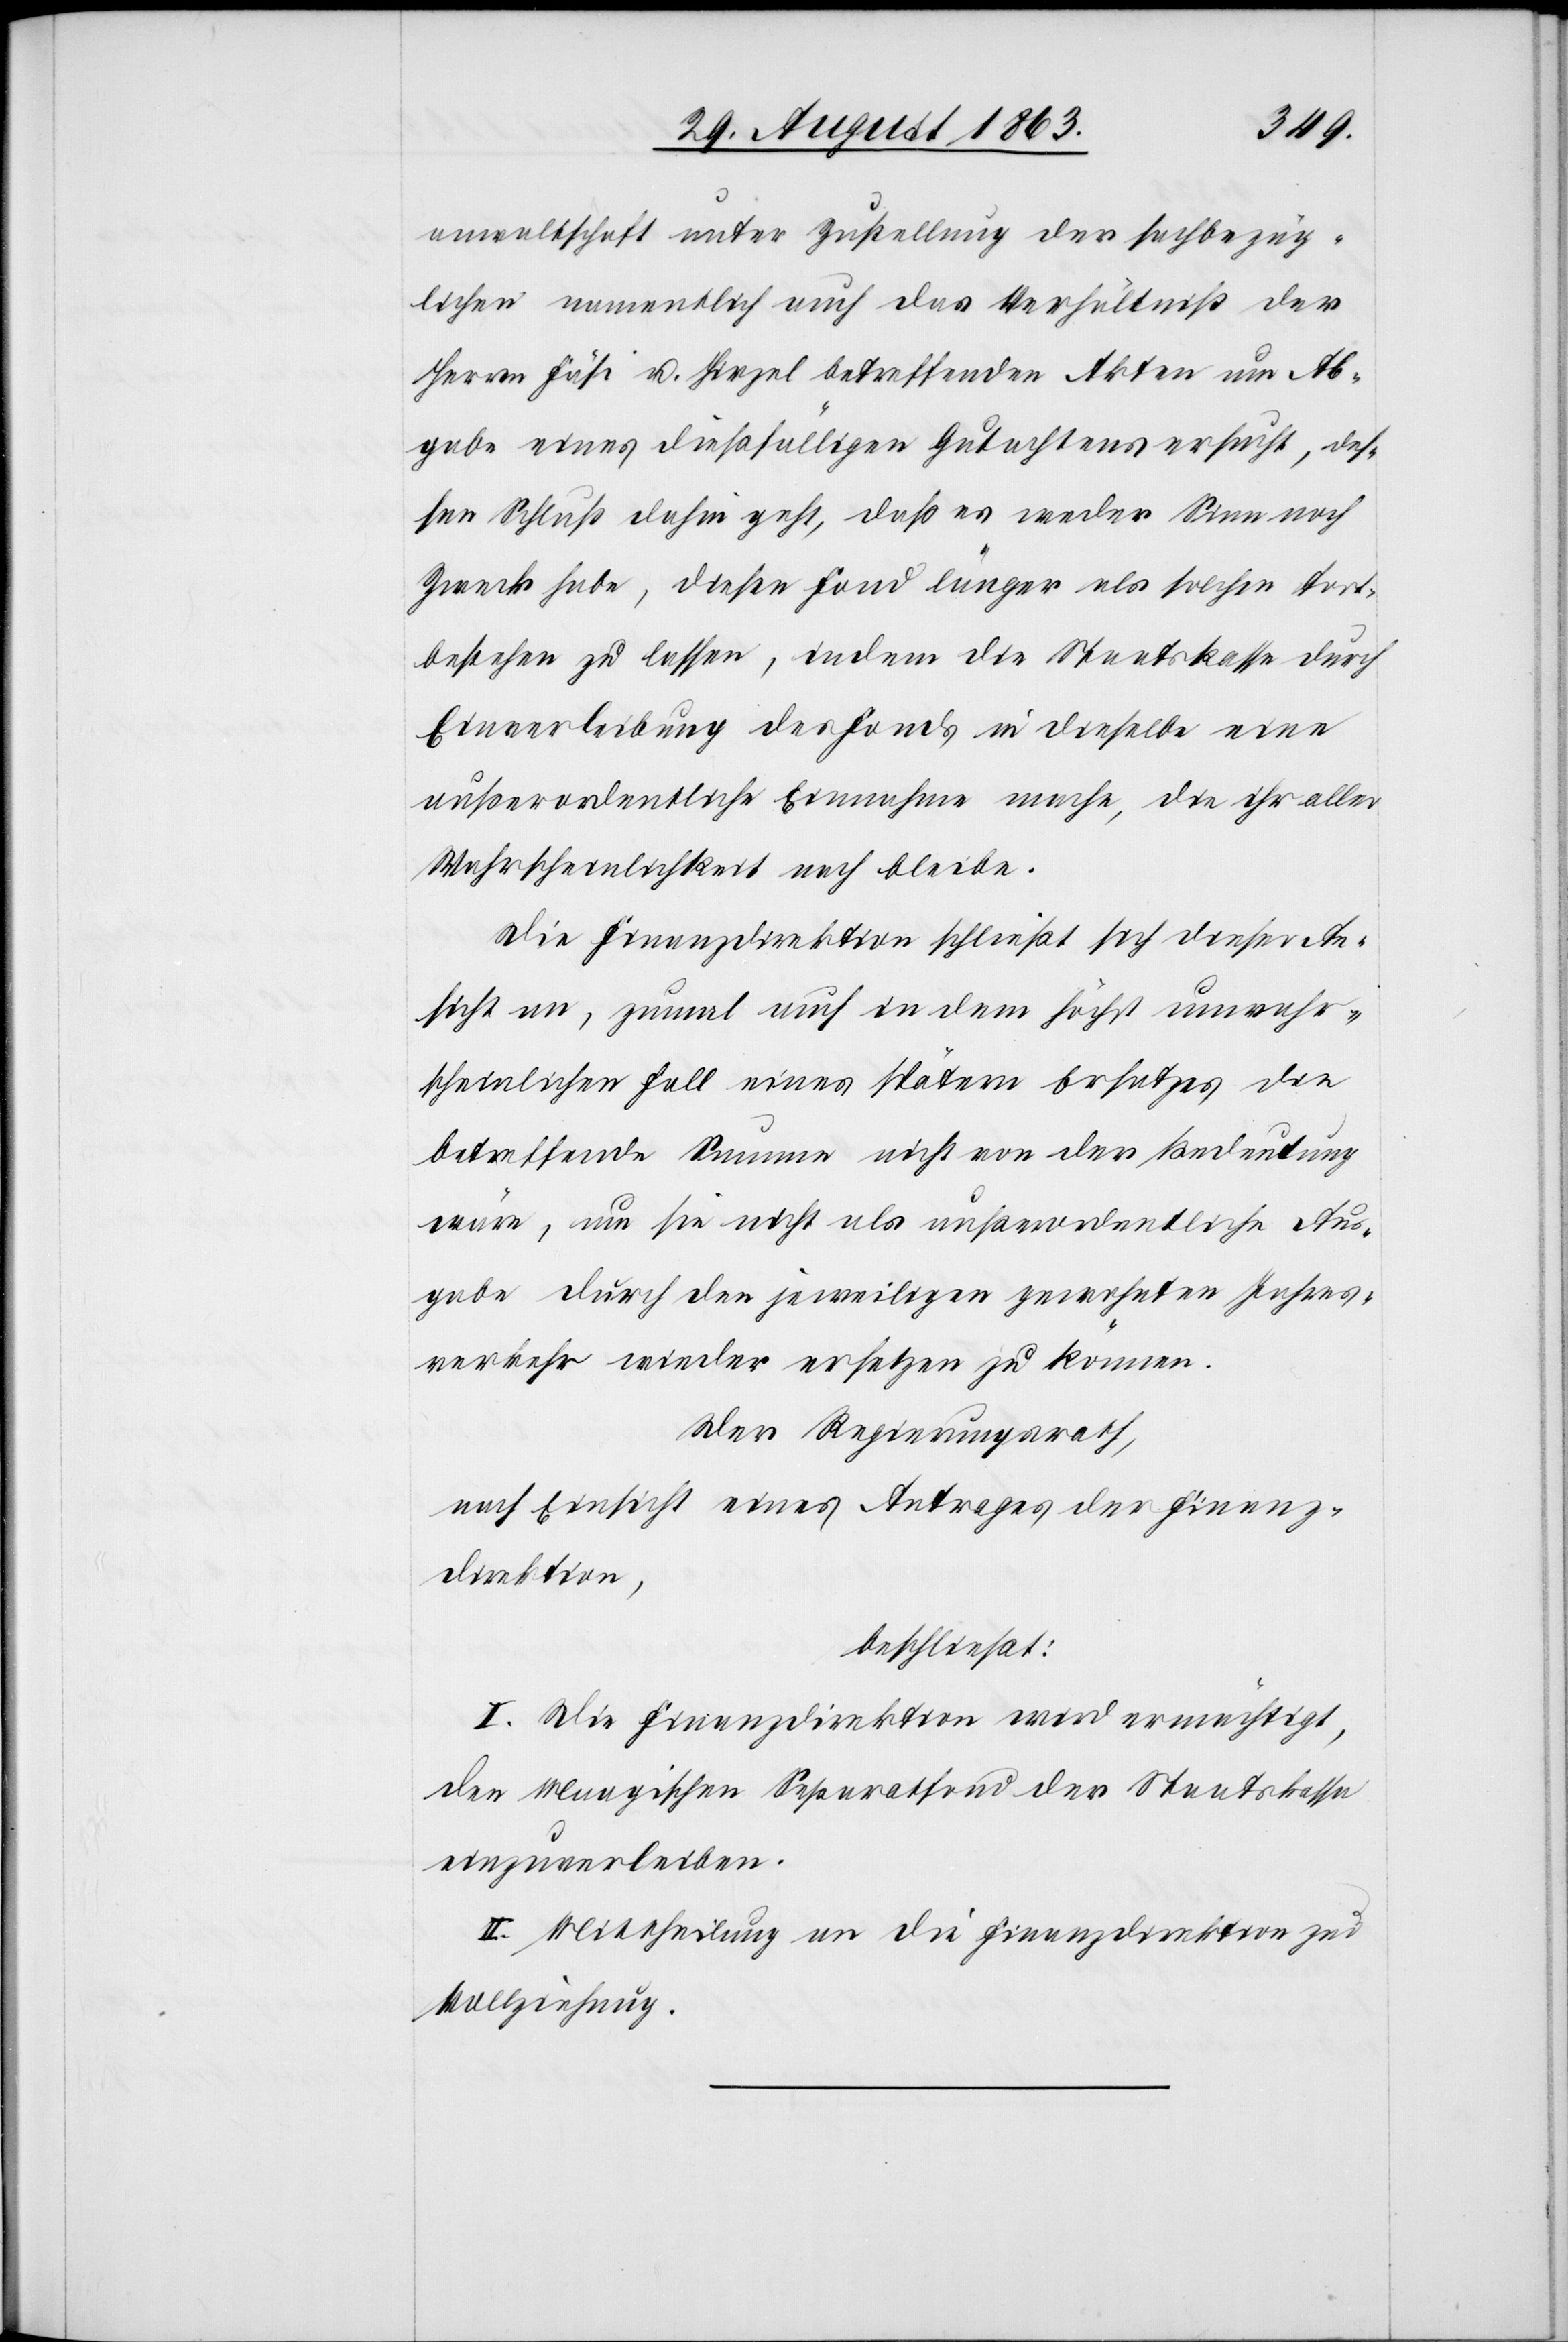
anwaltschaft unter Zustellung der sachbezüg¬
lichen namentlich auch das Verhältniß der
Herren Fäsi u. Hirzel betreffenden Akten um Ab¬
gabe eines dießfälligen Gutachtens ersucht, des¬
sen Schluß dahin geht, daß es weder Sinn noch
Zweck habe, diesen Fond länger als solchen fort¬
bestehen zu lassen, indem die Staatskasse durch
Einverleibung des Fonds in dieselbe eine
außerordentliche Einnahme mache, die ihr aller
Wahrscheinlichkeit nach bleibe.
Die Finanzdirektion schließt sich dieser An¬
sicht an, zumal auch in dem höchst unwahr¬
scheinlichen Fall eines spätern Ersatzes die
betreffende Summe nicht von der Bedeutung
wäre, um sie nicht als außerordentliche Aus¬
gabe durch den jeweiligen gewohnten Jahres¬
verkehr wieder ersetzen zu können.
Der Regierungsrath,
nach Einsicht eines Antrages der Finanz¬
direktion,
beschließt:
I. Die Finanzdirektion wird ermächtigt,
den Maagischen Separatfond der Staatskassa
einzuverleiben.
II. Mittheilung an die Finanzdirektion zur
Vollziehung.